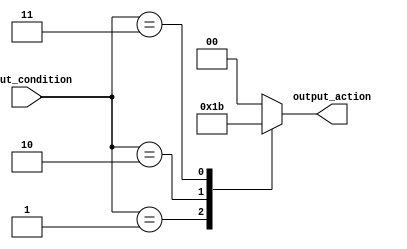
module full_case_example (
    input wire [3:0] input_condition,
    output reg [1:0] output_action
);

always @* begin
    case(input_condition)
        4'b0000: output_action = 2'b00;
        4'b0001: output_action = 2'b01;
        4'b0010: output_action = 2'b10;
        4'b0011: output_action = 2'b11;
        default: output_action = 2'b00;
    endcase
end

endmodule